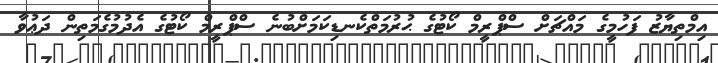
އިމްތިޔާޒު ފަހުމީގެ މައްޗަށް ސްޕްރީމް ކޯޓުގެ ޙުރުމަތްކެނޑިކަމަށްބުނެ ސްޕްރީމް ކޯޓުގެ އެދުމުގެމަތިން ދަޢުވާ